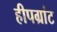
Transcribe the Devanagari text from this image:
हीपग्रांट